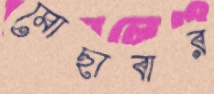
মোছাবার